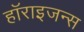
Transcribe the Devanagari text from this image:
हॉराइजन्स